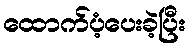
ထောက်ပံ့ပေးခဲ့ပြီး